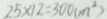
2 5 \times 1 2 = 3 0 0 ( m ^ { 2 } )